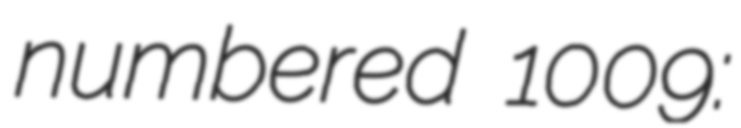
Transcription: numbered 1009: